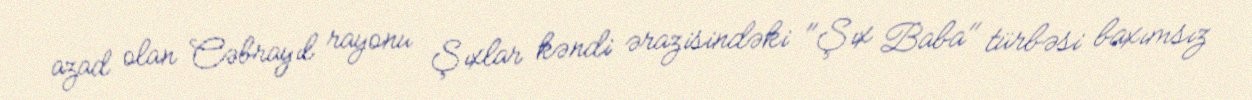
azad olan Cəbrayıl rayonu Şıxlar kəndi ərazisindəki "Şıx Baba" türbəsi baxımsız